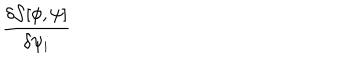
\frac { \delta { \mathcal { S } } [ \phi , \psi ] } { \delta \psi _ { i } }